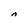
Character: A